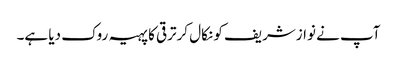
آپ نے نوازشریف کو نکال کرترقی کا پہیہ روک دیا ہے۔